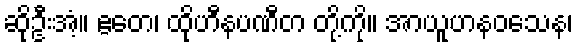
ဆိုဦးအံ့။ ဧတေ၊ ထိုဟီနပဏီတ တို့ကို။ အာယူဟနဝသေန၊